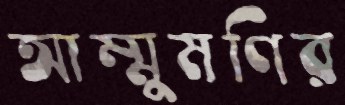
আম্মুমণির